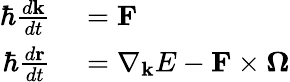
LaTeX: \begin{array}{rl}{\hbar\frac{d\mathbf{k}}{dt}}&{{}=\mathbf{F}}\\ {\hbar\frac{d\mathbf{r}}{dt}}&{{}=\nabla_{\mathbf{k}}E-\mathbf{F}\times\mathbf{\Omega}}\end{array}